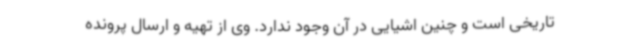
تاریخی است و چنین اشیایی در آن وجود ندارد. وی از تهیه و ارسال پرونده